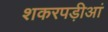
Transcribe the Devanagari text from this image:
शकरपड़ीआं